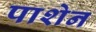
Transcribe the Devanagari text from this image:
पाशेन